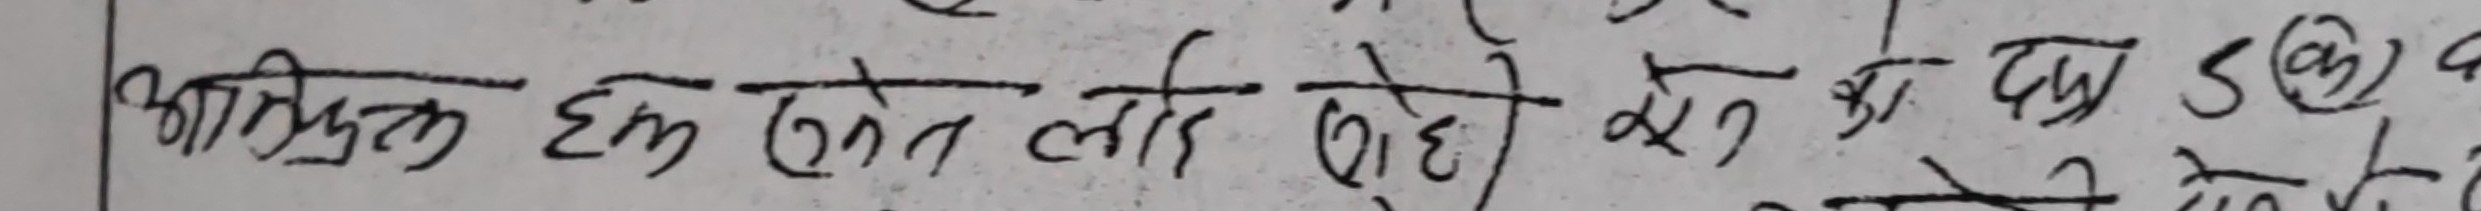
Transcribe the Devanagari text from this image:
आश्रित एक एन लाई रहे केन को पाई 5 (क)